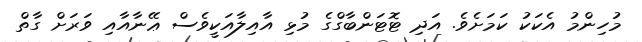
މުހިންމު އެކަކު ކަމަށެވެ. އަދި ޓޮޓަންބާގްގެ މުޅި އާއިލާއަކީވެސް ޢޭނާއާއި ވަރަށް ގާތް